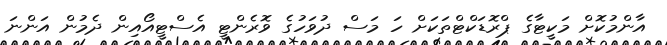
އާންމުކޮށް މަކީޓާގެ ޕްރޮޑަކްޓްތަކަށް ހަ މަސް ދުވަހުގެ ވޮރެންޓީ އެސްޓީއޯއިން ދެމުން އަންނަ